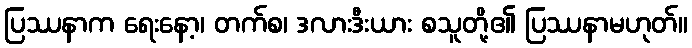
ပြဿနာက ရေးနော့၊ တက်စ၊ ဒလားဒီးယား စသူတို့၏ ပြဿနာမဟုတ်။